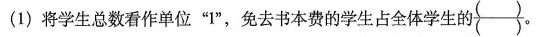
(1)将学生总数看作单位”1”，免去书本费的学生占全体学生的\frac{（）}{（）}